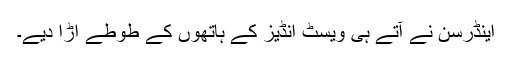
اینڈرسن نے آتے ہی ویسٹ انڈیز کے ہاتھوں کے طوطے اڑا دیے۔